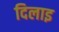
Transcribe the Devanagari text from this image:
दिलाइ